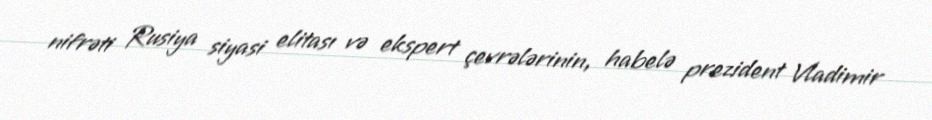
nifrəti Rusiya siyasi elitası və ekspert çevrələrinin, habelə prezident Vladimir